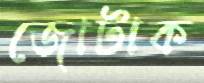
জোটাক